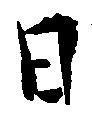
日